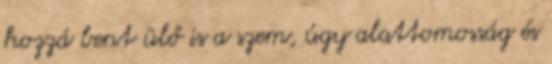
hozzá bent ülő is a szem, úgy alattomosság és